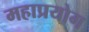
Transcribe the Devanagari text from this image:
महाप्रयोग